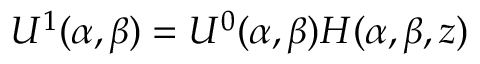
U ^ { 1 } ( \alpha , \beta ) = U ^ { 0 } ( \alpha , \beta ) H ( \alpha , \beta , z )